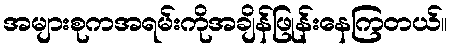
အများစုကအရမ်းကိုအချိန်ဖြုန်းနေကြတယ်။